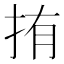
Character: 𭠥